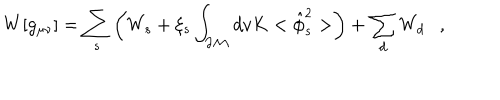
W [ g _ { \mu \nu } ] = \sum _ { s } \left( W _ { s } + \xi _ { s } \int _ { \partial { \cal M } } d v K < \hat { \phi } _ { s } ^ { 2 } > \right) + \sum _ { d } W _ { d } ,